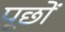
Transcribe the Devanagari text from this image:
पूछों